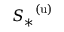
{ S _ { * } } ^ { ( \mathrm { u } ) }